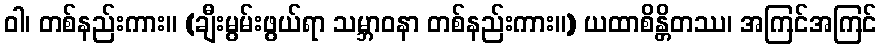
ဝါ၊ တစ်နည်းကား။ (ချီးမွမ်းဖွယ်ရာ သမ္ဘာဝနာ တစ်နည်းကား။) ယထာစိန္တိတဿ၊ အကြင်အကြင်